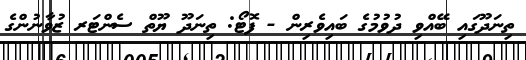
ތިނަދޫގައި ބޭއްވި ދުވުމުގެ ބައިވެރިން - ފޮޓޯ: ތިނަދޫ ޔޫތް ސެންޓަރ ޒުވާނުންގެ